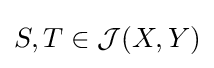
S,T\in {\mathcal {J}}(X,Y)